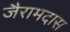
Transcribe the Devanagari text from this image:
जैरामदास